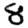
Digit: 8